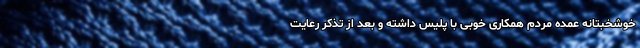
خوشخبتانه عمده مردم همکاری خوبی با پلیس داشته و بعد از تذکر رعایت